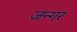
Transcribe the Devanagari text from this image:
जन्गर